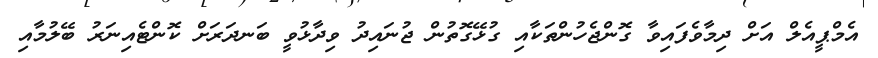
އެމްޕީއެލް އަށް ދިމާވެފައިވާ ގޮންޖެހުންތަކާއި ގުޅޭގޮތުން ޖުނައިދު ވިދާޅުވީ ބަނދަރަށް ކޮންޓެއިނަރު ބޭލުމާއި